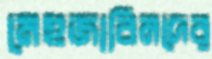
মেহজাবিনদের